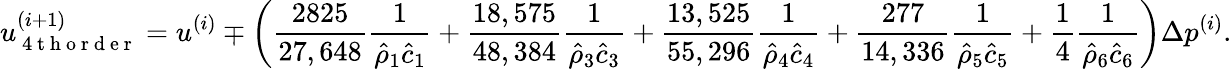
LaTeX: u_{\mathrm{~4~t~h~o~r~d~e~r~}}^{(i+1)}=u^{(i)}\mp\left(\frac{2825}{27,648}\frac{1}{\hat{\rho}_{1}\hat{c}_{1}}+\frac{18,575}{48,384}\frac{1}{\hat{\rho}_{3}\hat{c}_{3}}+\frac{13,525}{55,296}\frac{1}{\hat{\rho}_{4}\hat{c}_{4}}+\frac{277}{14,336}\frac{1}{\hat{\rho}_{5}\hat{c}_{5}}+\frac{1}{4}\frac{1}{\hat{\rho}_{6}\hat{c}_{6}}\right)\Delta p^{(i)}.